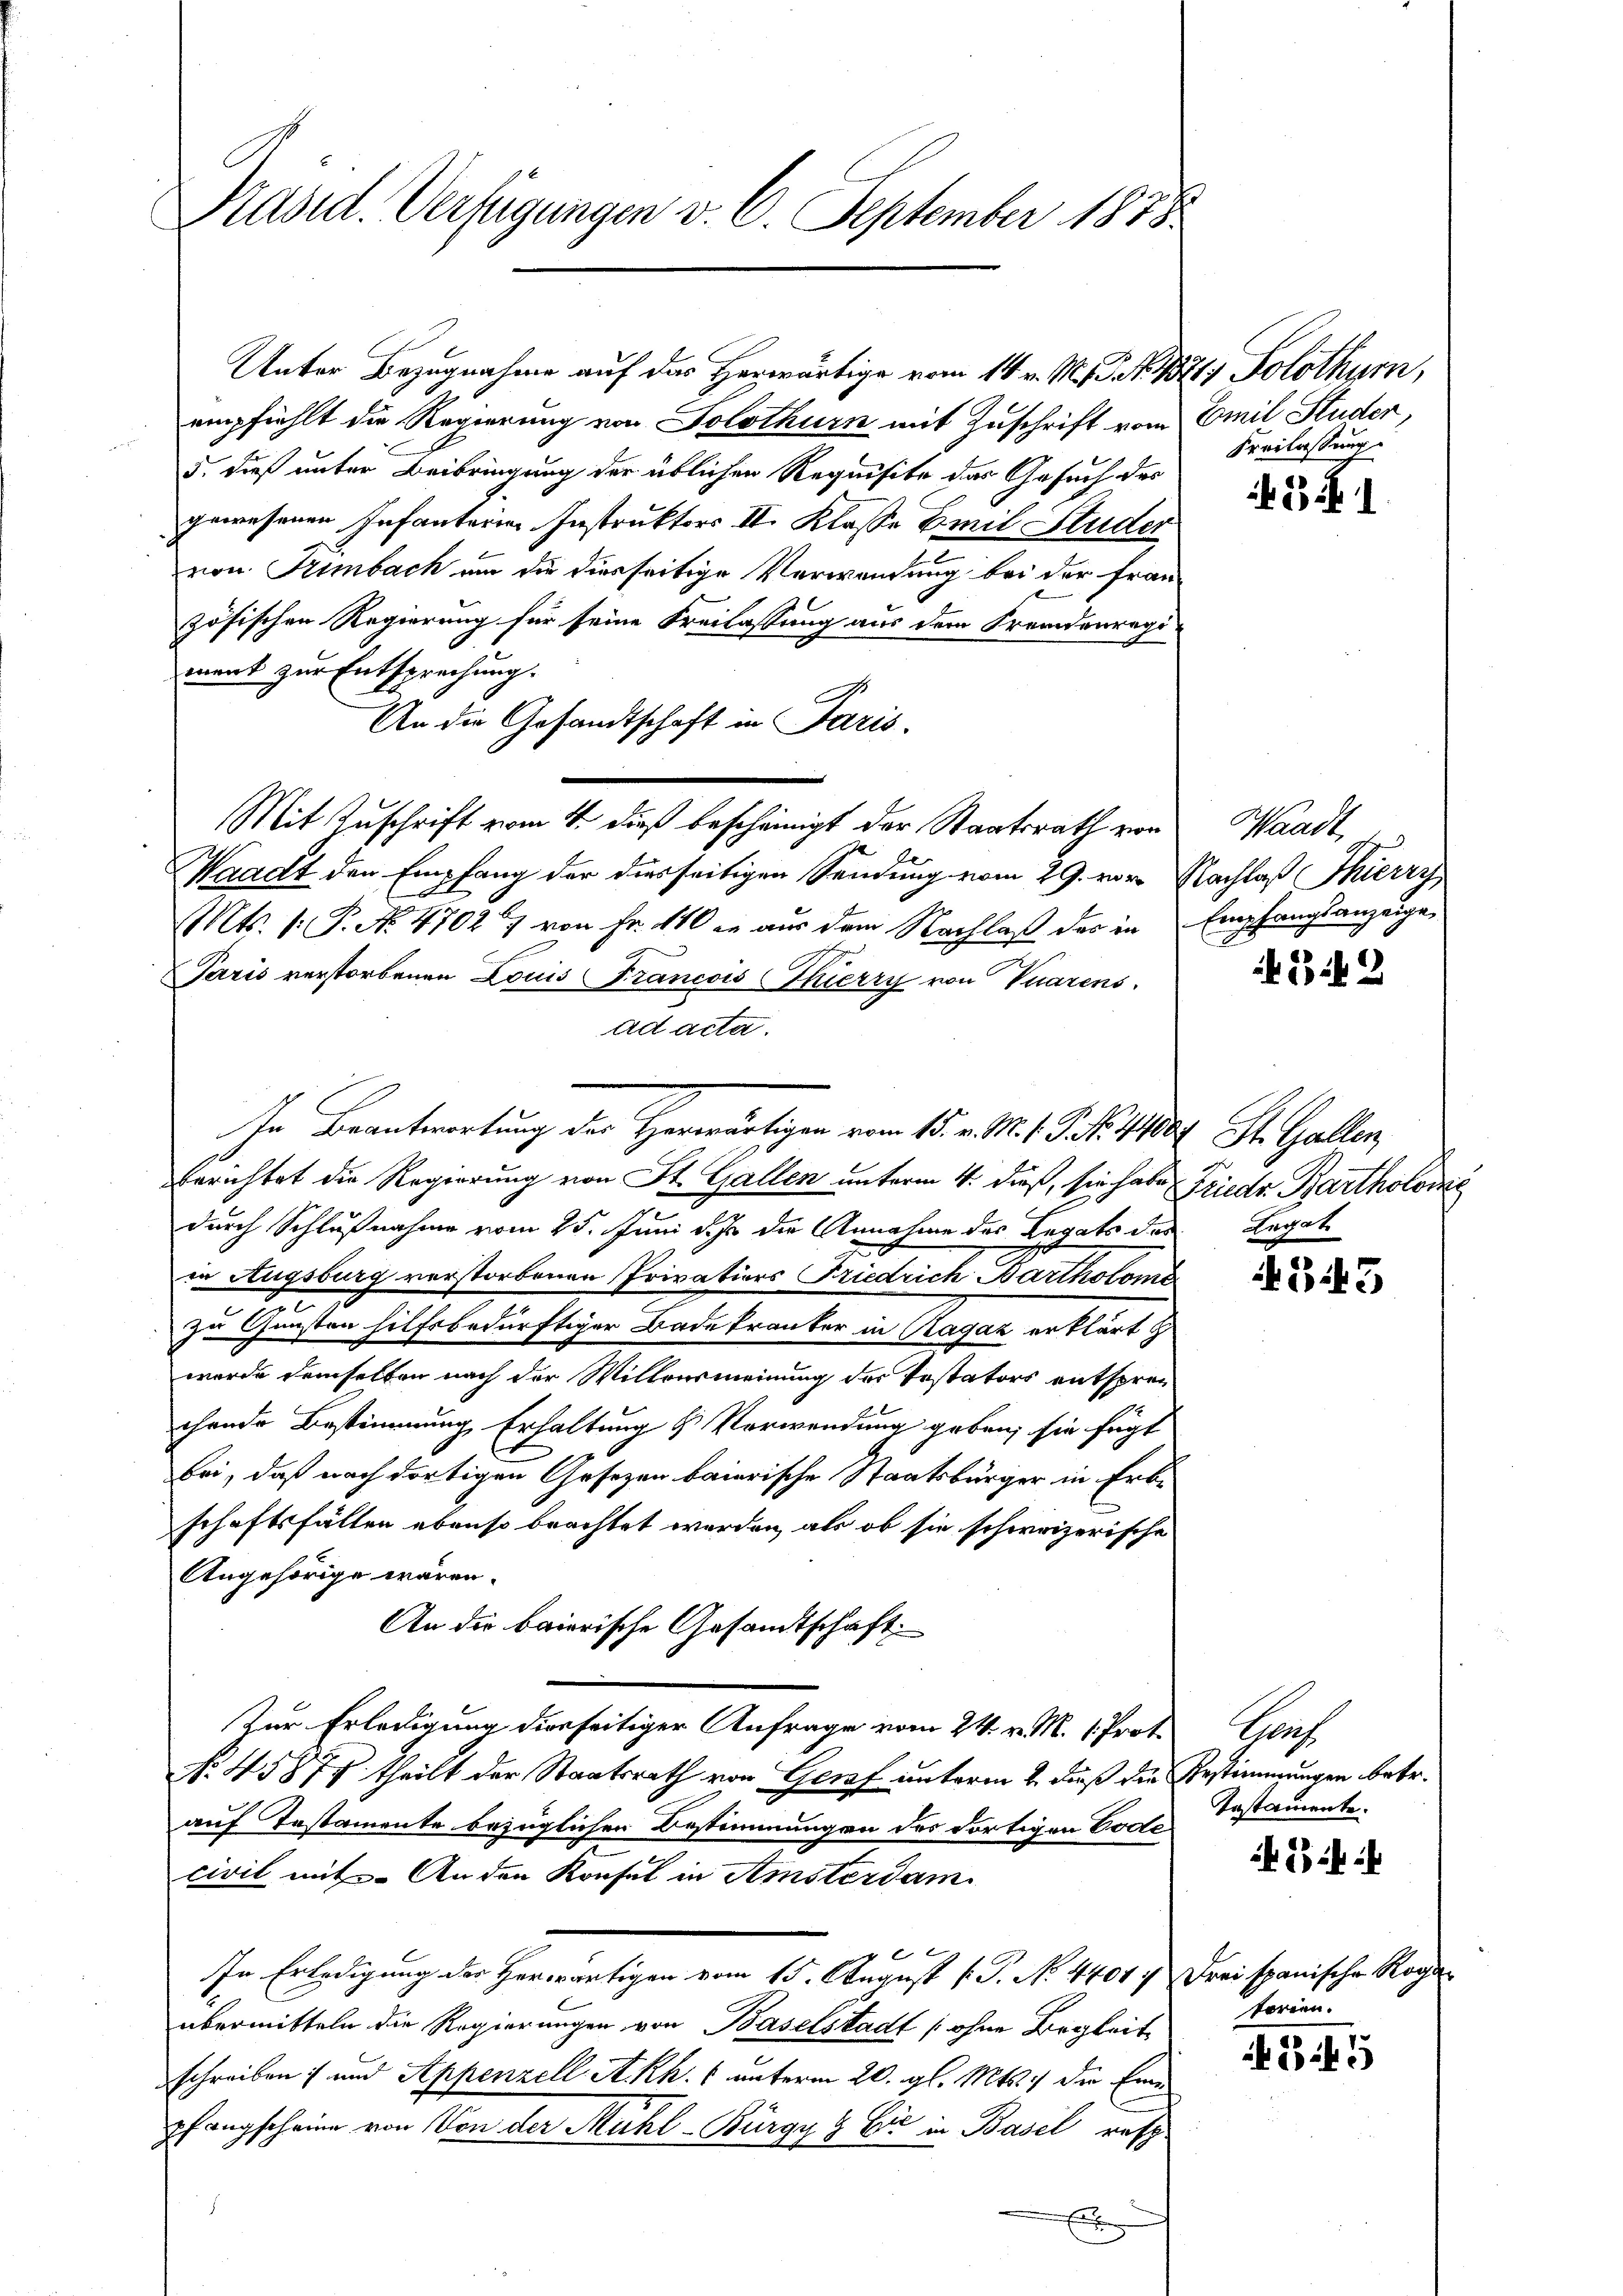
Präsid. Verfügungen v. 6. September 1878

Unter Bezugnahme auf das Herwärtige vom 14. v. M. 3. No. 1321) Solothur,
empfiehlt die Regierung von Solothurn mit Zuschrift vom Emil Studer,
5. dieß unter Beibringung der üblichen Requisite das Gesuch des
gewesenen Infanterie Instruktors II. Klasse Emil Studer
von Frimbach um die diesseitige Verwandung bei der Frau-
zösischen Regierung für seine Freilassung aus dem Fremdenregi-
ment zur Entsprechung.
.
An die Gesandtschaft in Paris.
Mit Zuschrift vom 4. dieß bescheinigt der Staatsrath von
Waadt den Empfang der diesseitigen Sendung vom 29. vor. Nachlaß Thierry
Mts. 1. P. No. 47027 von Fr. 110 in aus dem Nachlaß des in Empfangsanzeige
Paris verstorbenen Louis Francois Thierry von Vuarens.
ad acta.
In Beantwortung des Herwärtigen vom 15. v. M. P. Nr. 1100. St. Gallen
berichtet die Regierung von St. Gallen unterm 4. dieß, sie habe Friedr. Bartholomi
durch Schlußnahme vom 25. Juni d. Js. die Annahme des Legats des Legat
in Augsburg verstorbenen Privations Friedrich Bartholome
zu Gunsten hilfsbedürftiger Bade Franker in Ragaz erklärt h
wurde demselben nach der Willvermeinung des Testators entsprechende Bestimmung Erhaltung & Verwendung geben, sie fügt
bei, daß nach dortigen Gesezen baierische Staatsbürger in Erbschaftsfällen ebenso brachtet werden, als ob sie schweizerische
Angehörige wären.
An die baierische Gesandtschaft.
Zur Erledigung diesseitiger Anfrage vom 24. v. M. 1. Prot.
NNo. 45878 theilt der Staatsrath von Genf unterm 2. dieß die Bestimmungen betr.
auf Testamente bezüglichen Bestimmungen des dortigen Code
civil mit. An den Konsul in Amsterdam
2
In Erledigung des Herwärtigen vom 15. August [P. No. 44017 Drei spanische Rog-
übermitteln die Regierungen von Baselstadt (ohne Begleit
schreiben und Appenzell A.Rh. unterm 20. gl. Mts. die Eine
pfangscheine von Von der Mühl-Bürgy & Cie in Basel resp
f
E

Freilassung

if. 3. 1

Waadt

312

343

Nach
Testamente.

ii i

forien.

345